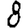
Digit: 8